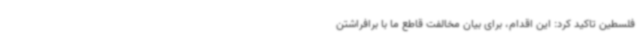
فلسطین تاکید کرد: این اقدام، برای بیان مخالفت قاطع ما با برافراشتن